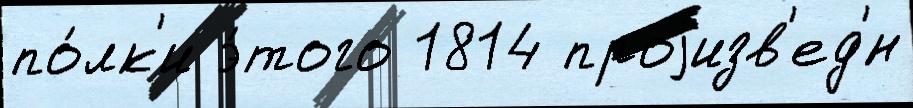
по́лк'и э́того 1814 проjизв'ед'́н